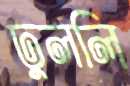
ঢুললি